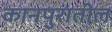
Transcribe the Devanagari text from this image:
कानपुरातील